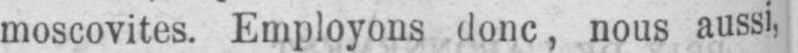
moscovites. Employons donc, nous aussi,